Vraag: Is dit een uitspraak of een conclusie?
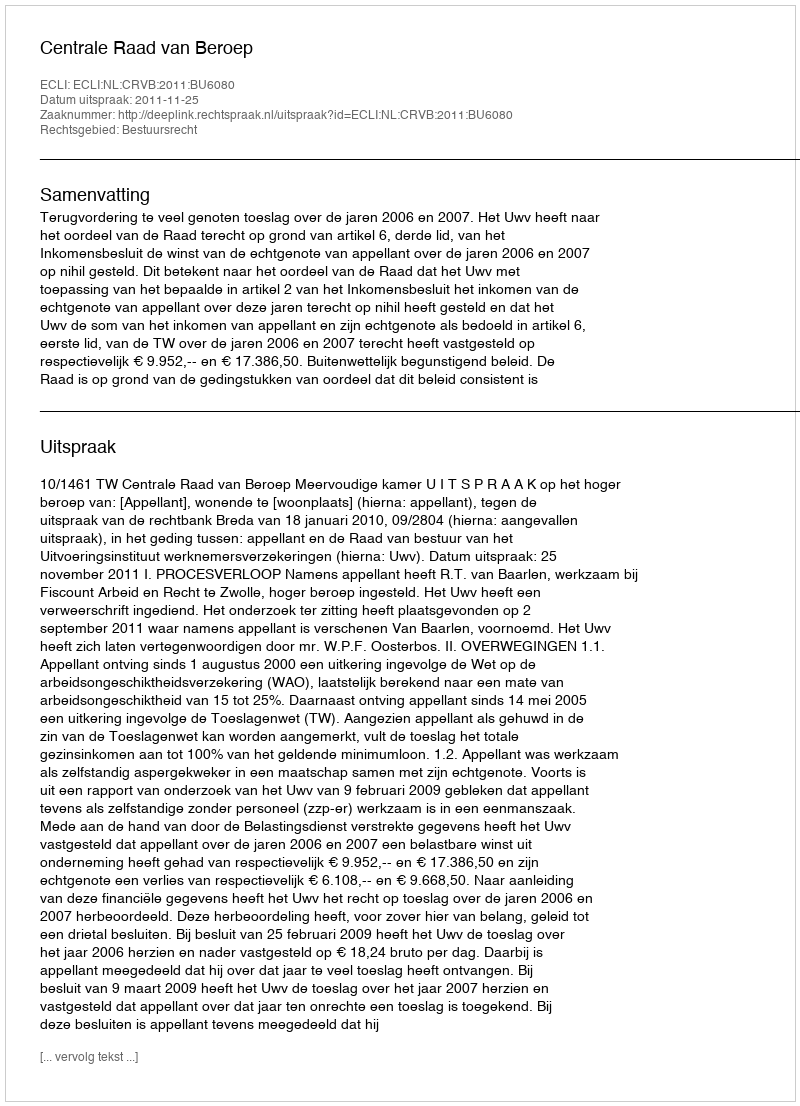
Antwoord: Uitspraak